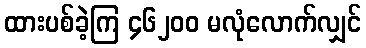
ထားပစ်ခဲ့ကြ ၄၆၂၀၀ မလုံလောက်လျှင်